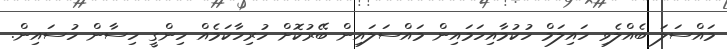
މައްސަލަ ބެއްލެވި ހައިލަމް ހުކުމާއިހަމައިން މައްސަލައިން ބޭރުކޮށް ހުރިހާކަމެއް ހިންގީ ހިސާން ހުސައިން.